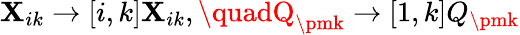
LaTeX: \mathbf{X}_{ik}\to[i,k]\mathbf{X}_{ik},\quadQ_{\pmk}\to[1,k]Q_{\pmk}